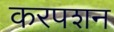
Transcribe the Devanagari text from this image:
करपशन